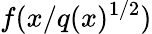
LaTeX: f(x/q(x)^{1/2})